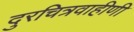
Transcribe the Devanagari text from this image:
दुरचित्रवाहीणी